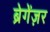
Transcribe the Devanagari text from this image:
ब्रेगेंज़र